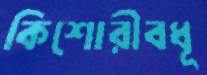
কিশোরীবধূ